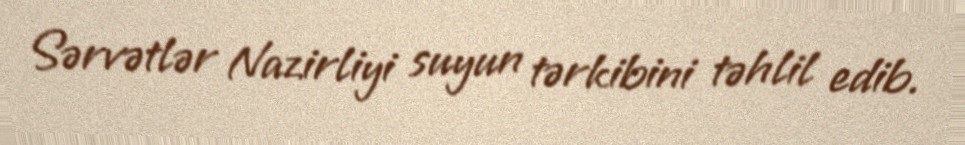
Sərvətlər Nazirliyi suyun tərkibini təhlil edib.